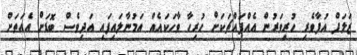
ޒަލަފް އުފާވެރި ހުރިވަރުން އެއްފައްޗަކަށް ހުރިހާ ވާހަކައެއް އަމުނާލައިފައި އަދިވެސް ބޮޑަށް އެއަތަށް